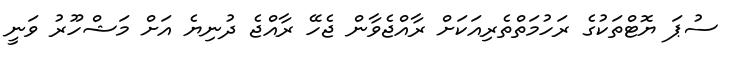
ސުޕަ ޔޮޓްތަކުގެ ރަހުމަތްތެރިއަކަށް ރާއްޖެވާން ޖެހޭ ރާއްޖެ ދުނިޔެ އަށް މަޝްހޫރު ވަނީ